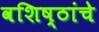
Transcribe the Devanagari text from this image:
वशिष्ठांचे